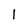
Character: l